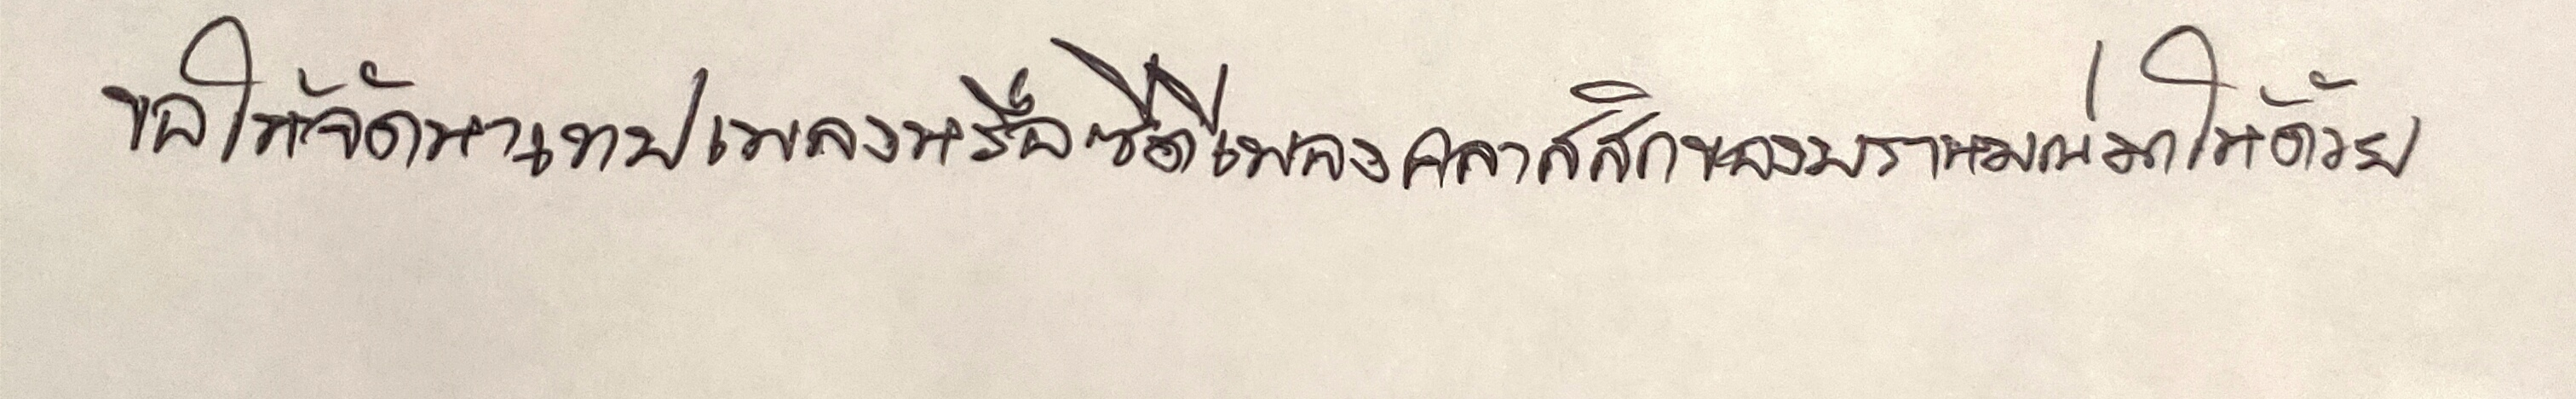
ขอให้จัดหาเทปเพลงหรือซีดีเพลงคลาสสิกของบราหมณ์มาให้ด้วย